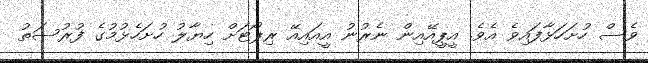
ވެސް ހުށަހަޅާފައިވެ އެވެ. އީޕީއޭއިން ނެރުނު އީއައިއޭ ރިޕޯޓަށް ހިޔާލު ހުށަހެޅުމުގެ ފުރުސަތު